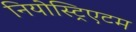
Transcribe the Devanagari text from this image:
नियोस्ट्रिएटम